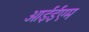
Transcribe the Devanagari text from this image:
आईईएम